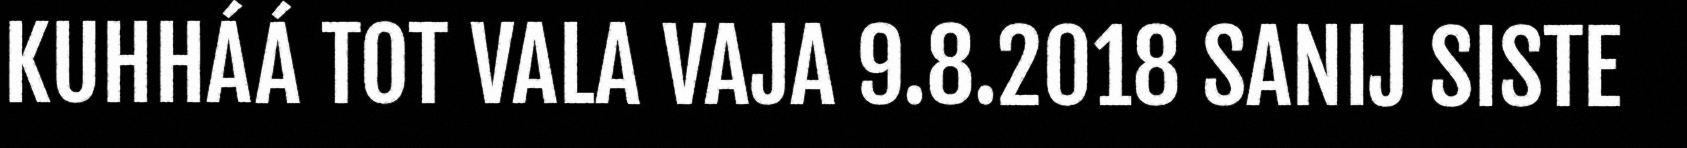
KUHHÁÁ TOT VALA VAJA 9.8.2018 SANIJ SISTE